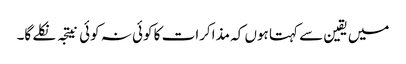
میں یقین سے کہتا ہوں کہ مذاکرات کا کوئی نہ کوئی نیتجہ نکلے گا۔